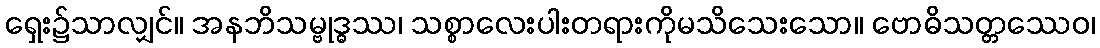
ရှေး၌သာလျှင်။ အနဘိသမ္ဗုဒ္ဓဿ၊ သစ္စာလေးပါးတရားကိုမသိသေးသော။ ဗောဓိသတ္တဿေဝ၊